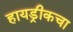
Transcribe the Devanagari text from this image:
हायड्रीकचा